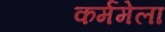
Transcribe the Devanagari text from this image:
कर्ममेला